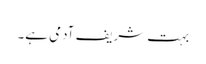
بہت شریف آدمی ہے۔